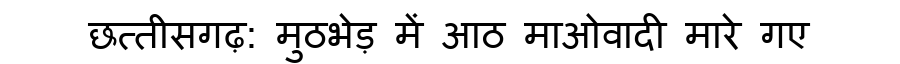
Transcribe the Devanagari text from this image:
छत्तीसगढ़: मुठभेड़ में आठ माओवादी मारे गए